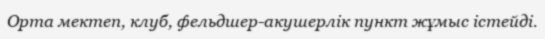
Орта мектеп, клуб, фельдшер-акушерлік пункт жұмыс істейді.